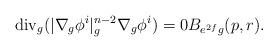
LaTeX: \begin{align*}\textrm{div}_g(|\nabla_g \phi^i|_g^{n-2}\nabla_g \phi^i) = 0 B_{e^{2f}g}(p,r).\end{align*}